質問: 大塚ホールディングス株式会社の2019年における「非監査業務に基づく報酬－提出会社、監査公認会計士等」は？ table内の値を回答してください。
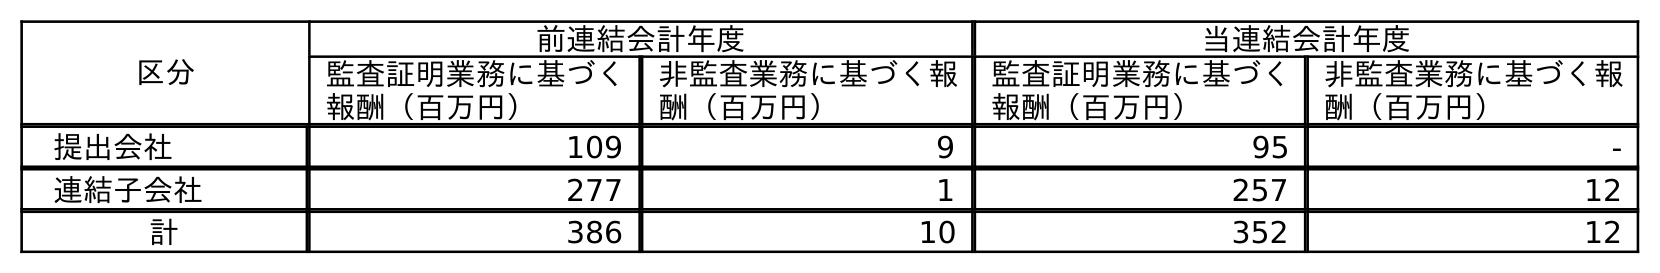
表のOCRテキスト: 区分 前連結会計年度 当連結会計年度 監査証明業務に基づく 報酬（百万円） 非監査業務に基づく報 酬（百万円） 監査証明業務に基づく 報酬（百万円） 非監査業務に基づく報 酬（百万円） 提出会社 109 9 95 - 連結子会社 277 1 257 12 計 386 10 352 12
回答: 9